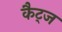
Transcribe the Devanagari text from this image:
कैट्ज